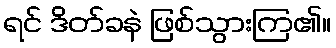
ရင် ဒိတ်ခနဲ ဖြစ်သွားကြ၏။